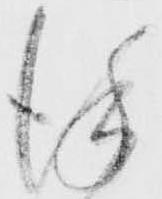
謹